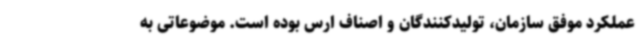
عملکرد موفق سازمان، تولیدکنندگان و اصناف ارس بوده است. موضوعاتی به